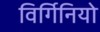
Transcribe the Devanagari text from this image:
विर्गिनियो